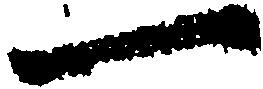
一